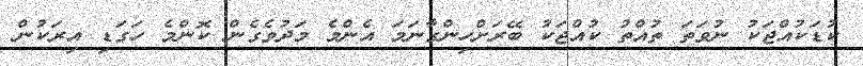
ކުޑަކުއްޖަކު ނުވަތަ ތުއްތު ކުއްޖަކު ބޭރަށްހިންގާނަމަ އެންމެ މަދުވެގެން ކޮންމެ ހަގަޑި އިރަކުން